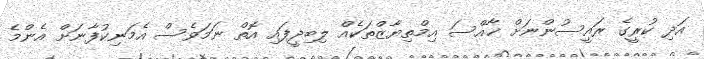
އަދި ކުރީގެ ރައީސުންނަށް ޚާއްސަ އިމްތިޔާޒްތަކެއް ލިބިދީފައި އޮތް ނަމަވެސް އެމަނިކުފާނަށް އެންމެ